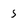
Character: 5